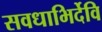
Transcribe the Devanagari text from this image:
सवधाभिर्देवि